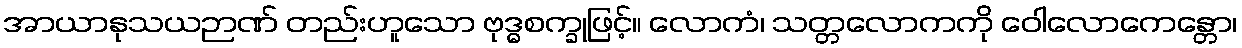
အာယာနုသယဉာဏ် တည်းဟူသော ဗုဒ္ဓစက္ခုဖြင့်။ လောကံ၊ သတ္တလောကကို ဝေါလောကေန္တော၊